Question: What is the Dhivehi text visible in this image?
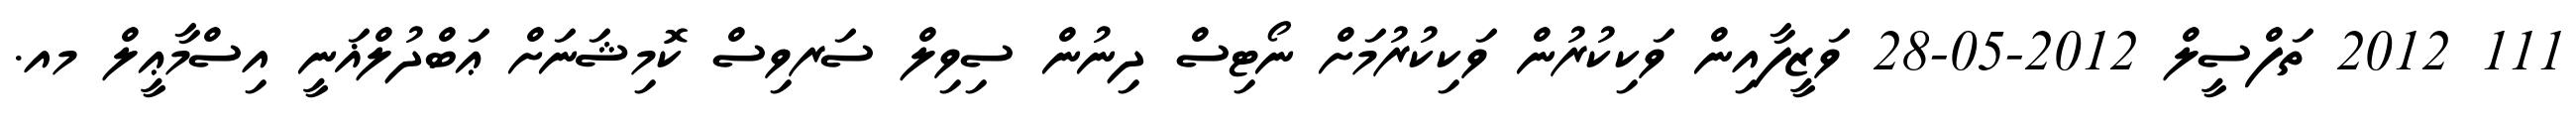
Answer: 111 2012 ތަފްސީލް 2012-05-28 ވަޒީފާއިން ވަކިކުރުން ވަކިކުރުމަށް ނޯޓިސް ދިނުން ސިވިލް ސަރވިސް ކޮމިޝަނަށް ޢަބްދުލްޣަނީ އިސްމާޢީލް މއ.